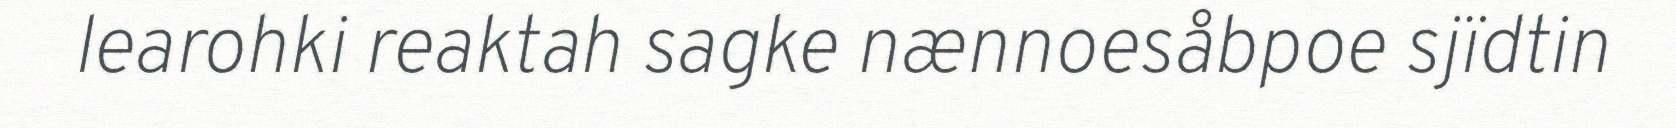
learohki reaktah sagke nænnoesåbpoe sjïdtin